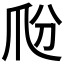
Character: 𤓼